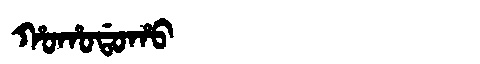
Manchu: ᡥᠣᡥᠣᡩᠣᡥᠣ
Romanization: HOHODOHO